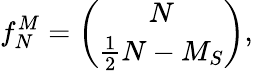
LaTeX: f_{N}^{M}=\binom{N}{\frac{1}{2}N-M_{S}},